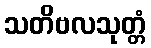
သတိဗလသုတ္တံ